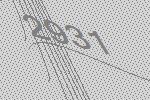
2931